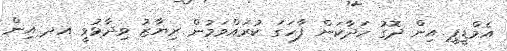
އެމްޑީޕީ އިން ދޮގު ހަދާކަން ފާހަގަ ކުރައްވަމުން ރިޔާޒު ވިދާޅުވީ އދ އިން